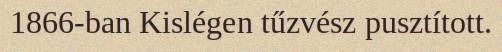
1866-ban Kislégen tűzvész pusztított.